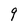
Character: 9